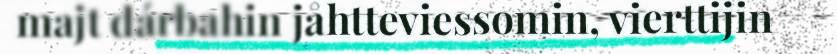
majt dárbahin jåhtteviessomin, vierttijin